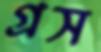
গ্রস